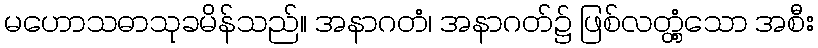
မဟောသဓာသုခမိန်သည်။ အနာဂတံ၊ အနာဂတ်၌ ဖြစ်လတ္တံ့သော အစီး